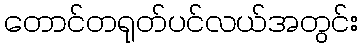
တောင်တရုတ်ပင်လယ်အတွင်း